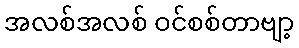
အလစ်အလစ် ဝင်စစ်တာဗျာ့